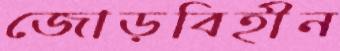
জোড়বিহীন